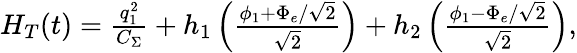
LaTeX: \begin{array}{r}{H_{T}(t)=\frac{q_{1}^{2}}{C_{\Sigma}}+h_{1}\left(\frac{\phi_{1}+\Phi_{e}/\sqrt{2}}{\sqrt{2}}\right)+h_{2}\left(\frac{\phi_{1}-\Phi_{e}/\sqrt{2}}{\sqrt{2}}\right),}\end{array}